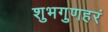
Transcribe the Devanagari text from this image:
शुभगुणहरं